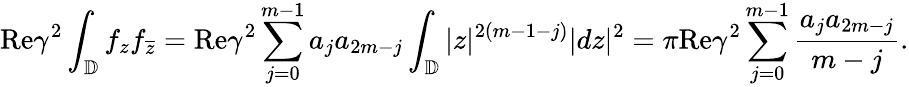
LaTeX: \textrm{Re}\gamma^{2}\int_{\mathbb{D}}f_{z}f_{\overline{{z}}}=\textrm{Re}\gamma^{2}\sum_{j=0}^{m-1}a_{j}a_{2m-j}\int_{\mathbb{D}}|z|^{2(m-1-j)}|dz|^{2}=\pi\textrm{Re}\gamma^{2}\sum_{j=0}^{m-1}\frac{a_{j}a_{2m-j}}{m-j}.